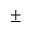
\pm